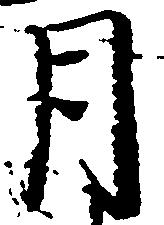
月